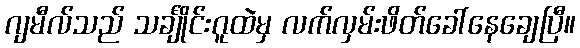
ဂျမီလ်သည် သင်္ချိုင်းဂူထဲမှ လက်လှမ်းဖိတ်ခေါ်နေချေပြီ။